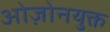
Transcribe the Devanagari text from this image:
ओज़ोनयुक्त